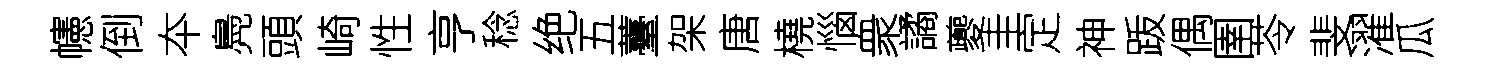
幰倒夲鳧頭崎性亨稔绝五薹架唐橈惱衆譎夔圭定神䟦偶圉苓斐濯瓜